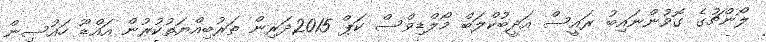
ލޯންޗުގެ ގޮވުންނައިބު ރައީސް އަދީބުކްލަބް މޯލްޑިވްސް ކަޕް 2015ދަރިން ތަރުބިއްޔަތުކުރުން އައްޑޫ ހައުސިން